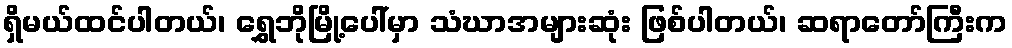
ရှိမယ်ထင်ပါတယ်၊ ရွှေဘိုမြို့ပေါ်မှာ သံဃာအများဆုံး ဖြစ်ပါတယ်၊ ဆရာတော်ကြီးက